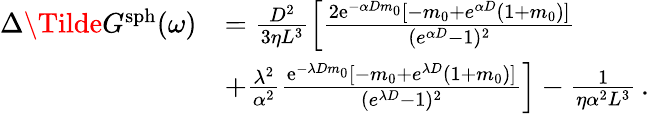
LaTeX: \begin{array}{rl}{\Delta\Tilde{G}^{\mathrm{sph}}(\omega)}&{=\frac{D^{2}}{3\eta L^{3}}\left[\frac{2\mathrm{e}^{-\alpha Dm_{0}}[-m_{0}+e^{\alpha D}(1+m_{0})]}{({e}^{\alpha D}-1)^{2}}\right.}\\ &{\left.+\frac{\lambda^{2}}{\alpha^{2}}\frac{\mathrm{e}^{-\lambda Dm_{0}}[-m_{0}+e^{\lambda D}(1+m_{0})]}{({e}^{\lambda D}-1)^{2}}\right]-\frac{1}{\eta\alpha^{2}L^{3}}\, .}\end{array}